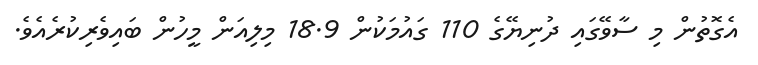
އެގޮތުން މި ސާވޭގައި ދުނިޔޭގެ 110 ގައުމަކުން 18.9 މިލިއަން މީހުން ބައިވެރިކުރެއެވެ.